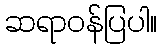
ဆရာဝန်ပြပါ။